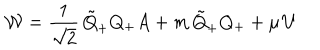
{ \cal { W } } = \frac { 1 } { \sqrt { 2 } } \, \tilde { Q } _ { + } Q _ { + } A + m \, \tilde { Q } _ { + } Q _ { + } + \mu \, U